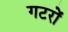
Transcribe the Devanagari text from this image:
गटरों